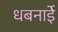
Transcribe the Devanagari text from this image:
धबनाईे